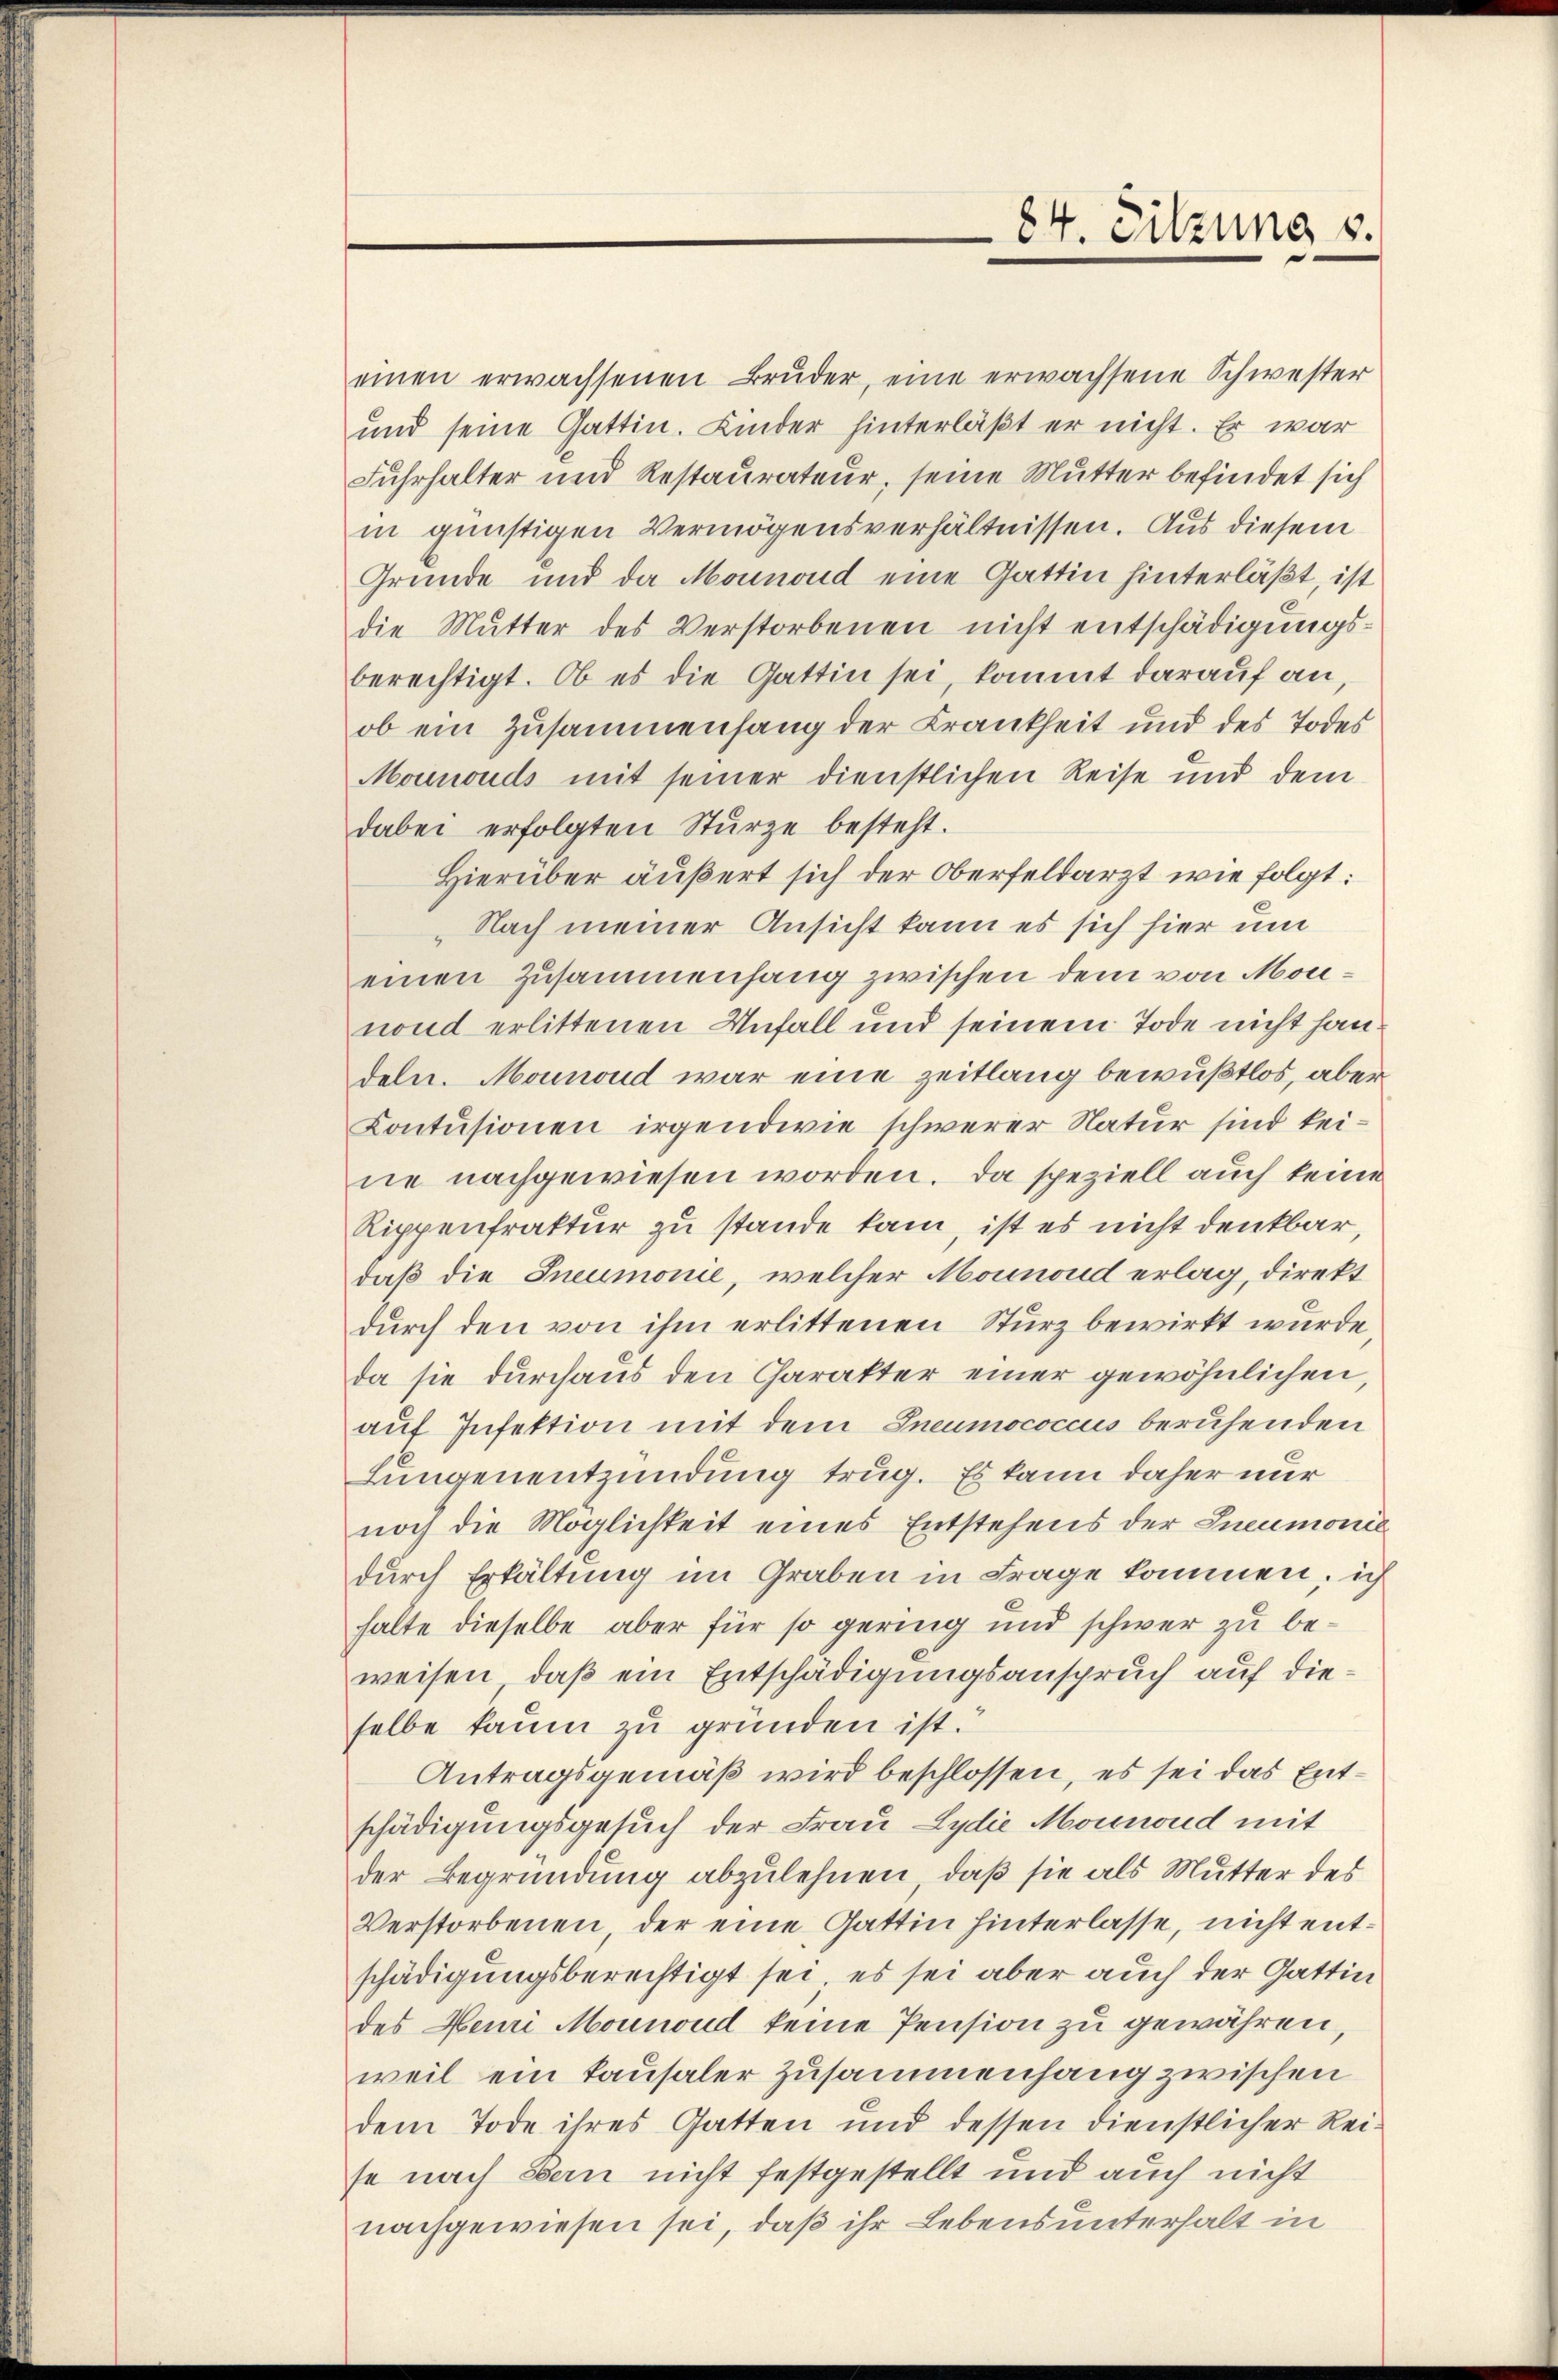
84. Sitzung v.

einen erwachsenen Brŭder, eine erwachsene Schwester
und seine Gattin. Kinder hinterläßt er nicht. Er war
Fuhrhalter und Restaurateur, seine Mutter befindet sich
in günstigen Vermögensverhältnissen. Aus diesem
Gründe und da Mounond eine Gattin hinterläßt, ist
die Mutter des Verstorbenen nicht entschädigungsberechtigt. Ob es die Gattin sei, kommt darauf an,
ob ein Zusammenhang der Krankheit und des Todes
Mounouds mit seiner dienstlichen Reise und dem
dabei erfolgten Sturze besteht.
Hierüber äußert sich der Oberfeldarzt wie folgt:
„Nach meiner Ansicht kann es sich hier um
einen Zusammenhang zwischen dem von Monnond erlittenen Unfall und seinem Tode nicht handeln. Mounoud war eine zeitlang bewußtlos, aber
Contŭsionen irgendwie schwerer Natur sind keine nachgewiesen worden. Da speziell auch keine
Rippenfraktur zu stande kam, ist es nicht denkbar,
daß die Ineumonie, welcher Mounond erlag, direkt
durch den von ihm erlittenen Sturz bewirkt wurde
da sie durchaus den Charakter einer gewöhnlichen,
auf Infektion mit dem Ineumococcus beruhenden
Lungenentzündung trug. Es kann daher nur
noch die Möglichkeit eines Entstehens der Ineumonie
durch Erkaltung im Graben in Frage kommen, ich
halte dieselbe aber für so gering und schwer zu beweisen, daß ein Entschädigungsanspruch auf dieselbe kaum zu gründen ist.
Antragsgemäß wird beschlossen, es sei das Entschädigungsgesuch der Frau Lydie Mounond mit
der Begründung abzulehnen, daß sie als Mutter des
Verstorbenen, der eine Gattin hinterlasse, nicht entschädigungsberechtigt sei, es sei aber auch der Gattin
des Meuri Mounoud keine Pension zu gewähren,
weil ein kausaler Zusammenhang zwischen
dem Tode ihres Gatten und dessen dienstlicher Reise nach Bern nicht festgestellt und auch nicht
nachgewiesen sei, daß ihr Lebensunterhalt in